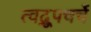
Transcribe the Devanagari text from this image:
त्वद्रूपचर्चे